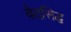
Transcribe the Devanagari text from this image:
वेदसिद्ध